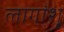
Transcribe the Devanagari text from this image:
लागांशू